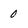
Character: 0